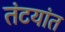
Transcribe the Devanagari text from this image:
तंटयांत